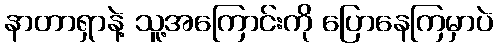
နာတာရှာနဲ့ သူ့အကြောင်းကို ပြောနေကြမှာပဲ